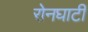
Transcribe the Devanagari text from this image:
रोनघाटी